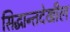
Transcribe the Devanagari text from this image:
सिद्धान्तदेखील